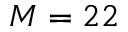
M = 2 2